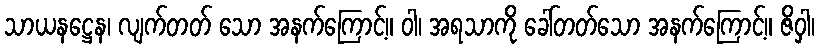
သာယနဋ္ဌေန၊ လျက်တတ် သော အနက်ကြောင့်။ ဝါ၊ အရသာကို ခေါ်တတ်သော အနက်ကြောင့်။ ဇိဝှါ၊